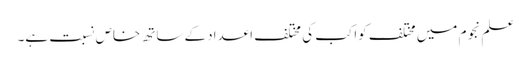
علم نجوم میں مختلف کواکب کی مختلف اعدادکے ساتھ خاص نسبت ہے۔